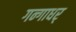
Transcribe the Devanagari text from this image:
गन्गाधर्